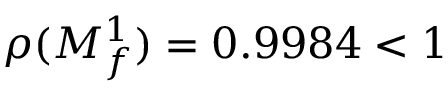
\rho ( M _ { f } ^ { 1 } ) = 0 . 9 9 8 4 < 1